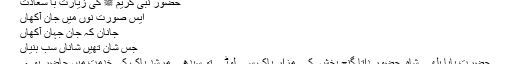
حضور نبی کریم ﷺ کی زیارت با سعادت
ایس صورت نوں میں جان آکھاں
جانانِ کہ جان جہان آکھاں
جس شان تھیں شاناں سب بنیاں
حضرت بابا بلھے شاہ ؒ حضور داتا گنج بخش ؒ کے مزار پاک سے لوٹے تو سیدھے مرشد پاک کی خدمت میں حاضر ہوے۔